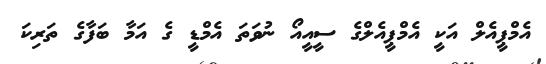
އެމްޕީއެލް އަކީ އެމްޕީއެލްގެ ސީއީއޯ ނުވަތަ އެމްޑީ ގެ އަމާ ބަފާގެ ތަރިކަ